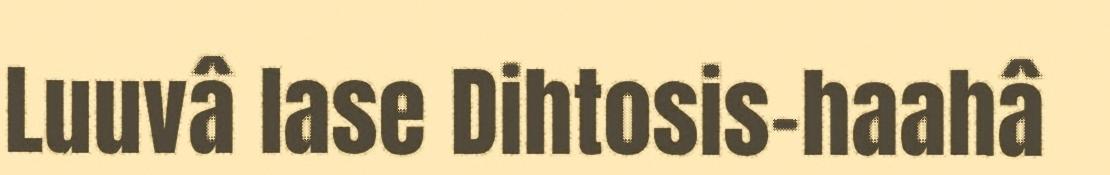
Luuvâ lase Dihtosis-haahâ